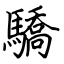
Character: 驕